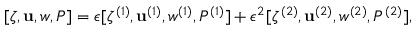
[ \zeta , \mathbf { u } , w , P ] = \epsilon [ \zeta ^ { ( 1 ) } , \mathbf { u } ^ { ( 1 ) } , w ^ { ( 1 ) } , P ^ { ( 1 ) } ] + \epsilon ^ { 2 } [ \zeta ^ { ( 2 ) } , \mathbf { u } ^ { ( 2 ) } , w ^ { ( 2 ) } , P ^ { ( 2 ) } ] ,